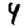
Digit: 4